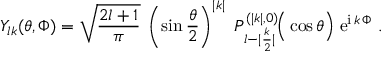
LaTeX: Y _ { l k } ( \theta , \Phi ) = \sqrt { \frac { 2 l + 1 } { \pi } } \; \left( \sin \frac { \theta } { 2 } \right) ^ { | k | } \; P _ { \: l - | \frac { k } { 2 } | } ^ { ( | k | , 0 ) } \! \Big ( \cos \theta \Big ) \; \mathrm { e } ^ { \mathrm { i } \, k \, \Phi } \; .